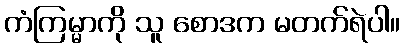
ကံကြမ္မာကို သူ စောဒက မတက်ရဲပါ။